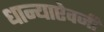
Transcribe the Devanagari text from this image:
धान्याऐवजी